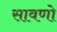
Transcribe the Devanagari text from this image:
सावणो